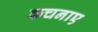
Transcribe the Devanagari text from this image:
कचनाए